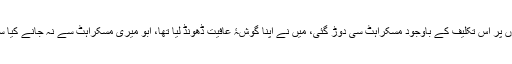
اب تمام ناگوار آوازیں آنا بند ہو گئی تھیں، میرے ہونٹوں پر اس تکلیف کے باوجود مسکراہٹ سی دوڑ گئی، میں نے اپنا گوشۂ عافیت ڈھونڈ لیا تھا، ابو میری مسکراہٹ سے نہ جانے کیا سمجھے، انہوں نے مجھے اور زیادہ سختی سے لپٹا لیا۔